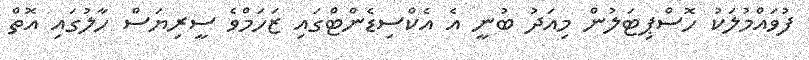
ފުވައްމުލަކު ހޮސްޕިޓަލުން މިއަދު ބުނީ އެ އެކްސިޑެންޓްގައި ޒަހަމްވެ ސީރިޔަސް ހާލުގައި އޮތް